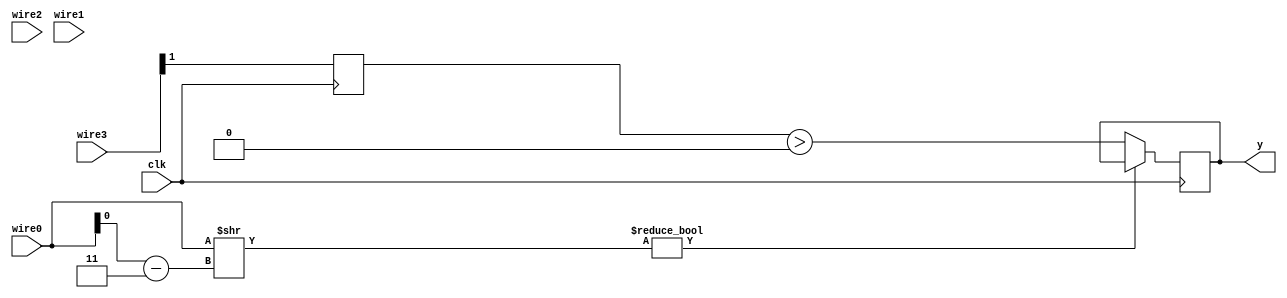
module top  (y, clk, wire3, wire2, wire1, wire0);
  output wire [(1'h0):(1'h0)] y;
  input wire [(1'h0):(1'h0)] clk;
  input wire [(1'h1):(1'h0)] wire3;
  input wire [(2'h2):(1'h0)] wire2;
  input wire [(2'h2):(1'h0)] wire1;
  input wire [(2'h2):(1'h0)] wire0;


  reg [(1'h0):(1'h0)] reg264 = (1'h0);
  reg [(2'h2):(1'h0)] reg274 = (1'h0);
  wire [(2'h2):(1'h0)] wire7;
  wire [(2'h2):(1'h0)] wire6;
  wire [(2'h2):(1'h0)] wire5;
  wire [(1'h0):(1'h0)] wire4;
  reg [(1'h0):(1'h0)] reg278 = (1'h0);
  assign y = reg278;
  assign wire4 = wire0[0:0];

  assign wire6 = (((8'ha7) ? {wire4} : ((8'ha6) ? wire1 : (8'h9e))) - (8'ha3));

  always
    @(posedge clk) begin

              reg274 <= wire3[(1'h1):(1'h1)];
              if ({$unsigned((wire0 >> wire6))})
                begin

                end
              else
                begin
                  reg278 = $unsigned(({reg274} > $unsigned(reg264)));
                end

    end
  
      
endmodule